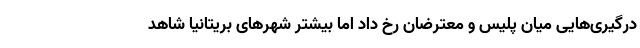
درگیری‌هایی میان پلیس و معترضان رخ داد اما بیشتر شهرهای بریتانیا شاهد